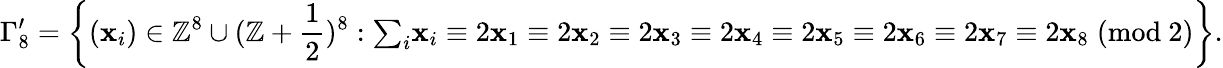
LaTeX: \Gamma_{8}^{\prime}=\left\{ (\mathbf{x}_{i})\in\mathbb{{Z}}^{8}\cup(\mathbb{{Z}}+{\frac{{1}}{{2}}})^{8}:{{\textstyle\sum_{i}}\mathbf{x}_{i}}\equiv2\mathbf{x}_{1}\equiv2\mathbf{x}_{2}\equiv2\mathbf{x}_{3}\equiv2\mathbf{x}_{4}\equiv2\mathbf{x}_{5}\equiv2\mathbf{x}_{6}\equiv2\mathbf{x}_{7}\equiv2\mathbf{x}_{8}\; ({\mathrm{{mod~}}}2)\right\} .